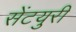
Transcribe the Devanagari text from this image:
सेंटयुरी